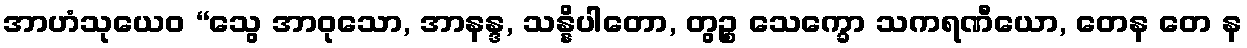
အာဟံသုယေဝ “သွေ အာဝုသော, အာနန္ဒ, သန္နိပါတော, တွဉ္စ သေက္ခော သကရဏီယော, တေန တေ န